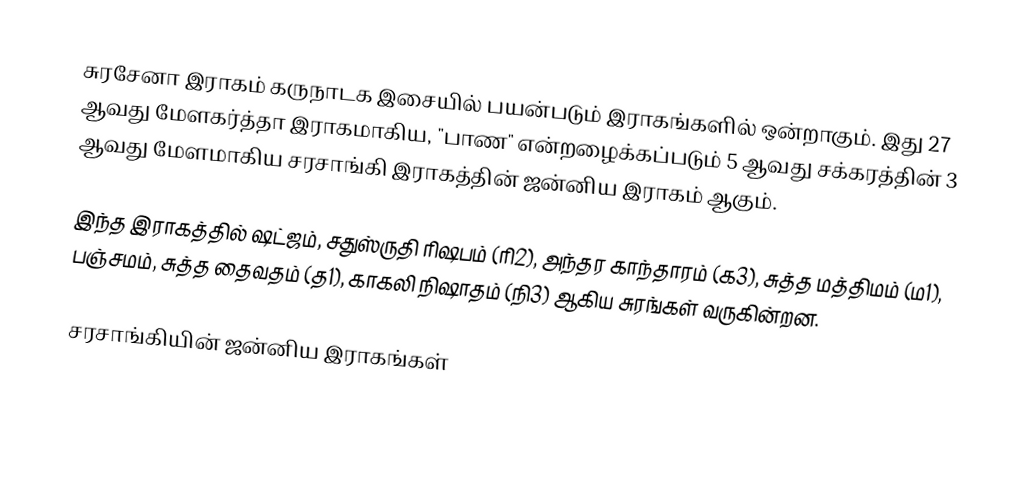
சுரசேனா இராகம் கருநாடக இசையில் பயன்படும் இராகங்களில் ஒன்றாகும். இது 27 ஆவது மேளகர்த்தா இராகமாகிய, "பாண" என்றழைக்கப்படும் 5 ஆவது சக்கரத்தின் 3 ஆவது மேளமாகிய சரசாங்கி இராகத்தின் ஜன்னிய இராகம் ஆகும்.

இந்த இராகத்தில் ஷட்ஜம், சதுஸ்ருதி ரிஷபம் (ரி2),  அந்தர காந்தாரம் (க3), சுத்த மத்திமம் (ம1), பஞ்சமம், சுத்த தைவதம் (த1), காகலி நிஷாதம்  (நி3) ஆகிய சுரங்கள் வருகின்றன.

சரசாங்கியின் ஜன்னிய இராகங்கள்